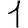
Digit: 1